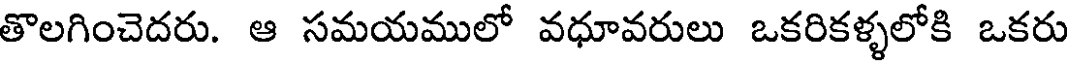
తొలగించెదరు. ఆ సమయములో వధూవరులు ఒకరికళ్ళలోకి ఒకరు